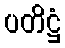
ပတိဋ္ဌံ